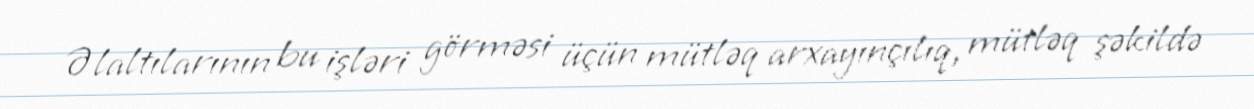
Əlaltılarının bu işləri görməsi üçün mütləq arxayınçılıq, mütləq şəkildə